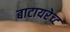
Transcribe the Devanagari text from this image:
बाटायरेच्ट